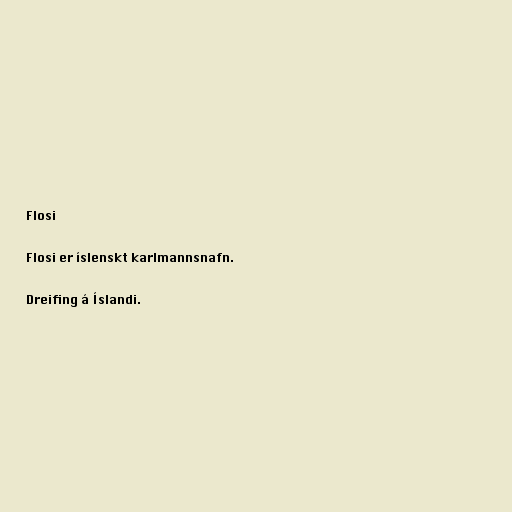
Flosi

Flosi er íslenskt karlmannsnafn.

Dreifing á Íslandi.